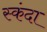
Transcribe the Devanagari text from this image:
स्कंदा